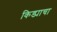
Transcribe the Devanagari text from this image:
किड्याचा